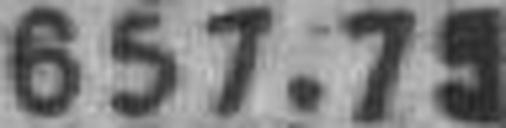
657.79